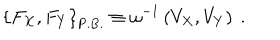
LaTeX: \left\{ { F _ { X } , F _ { Y } } \right\} _ { \mathrm { P . B . } } \equiv \omega ^ { - 1 } \left( { V _ { X } , V _ { Y } } \right) \ .